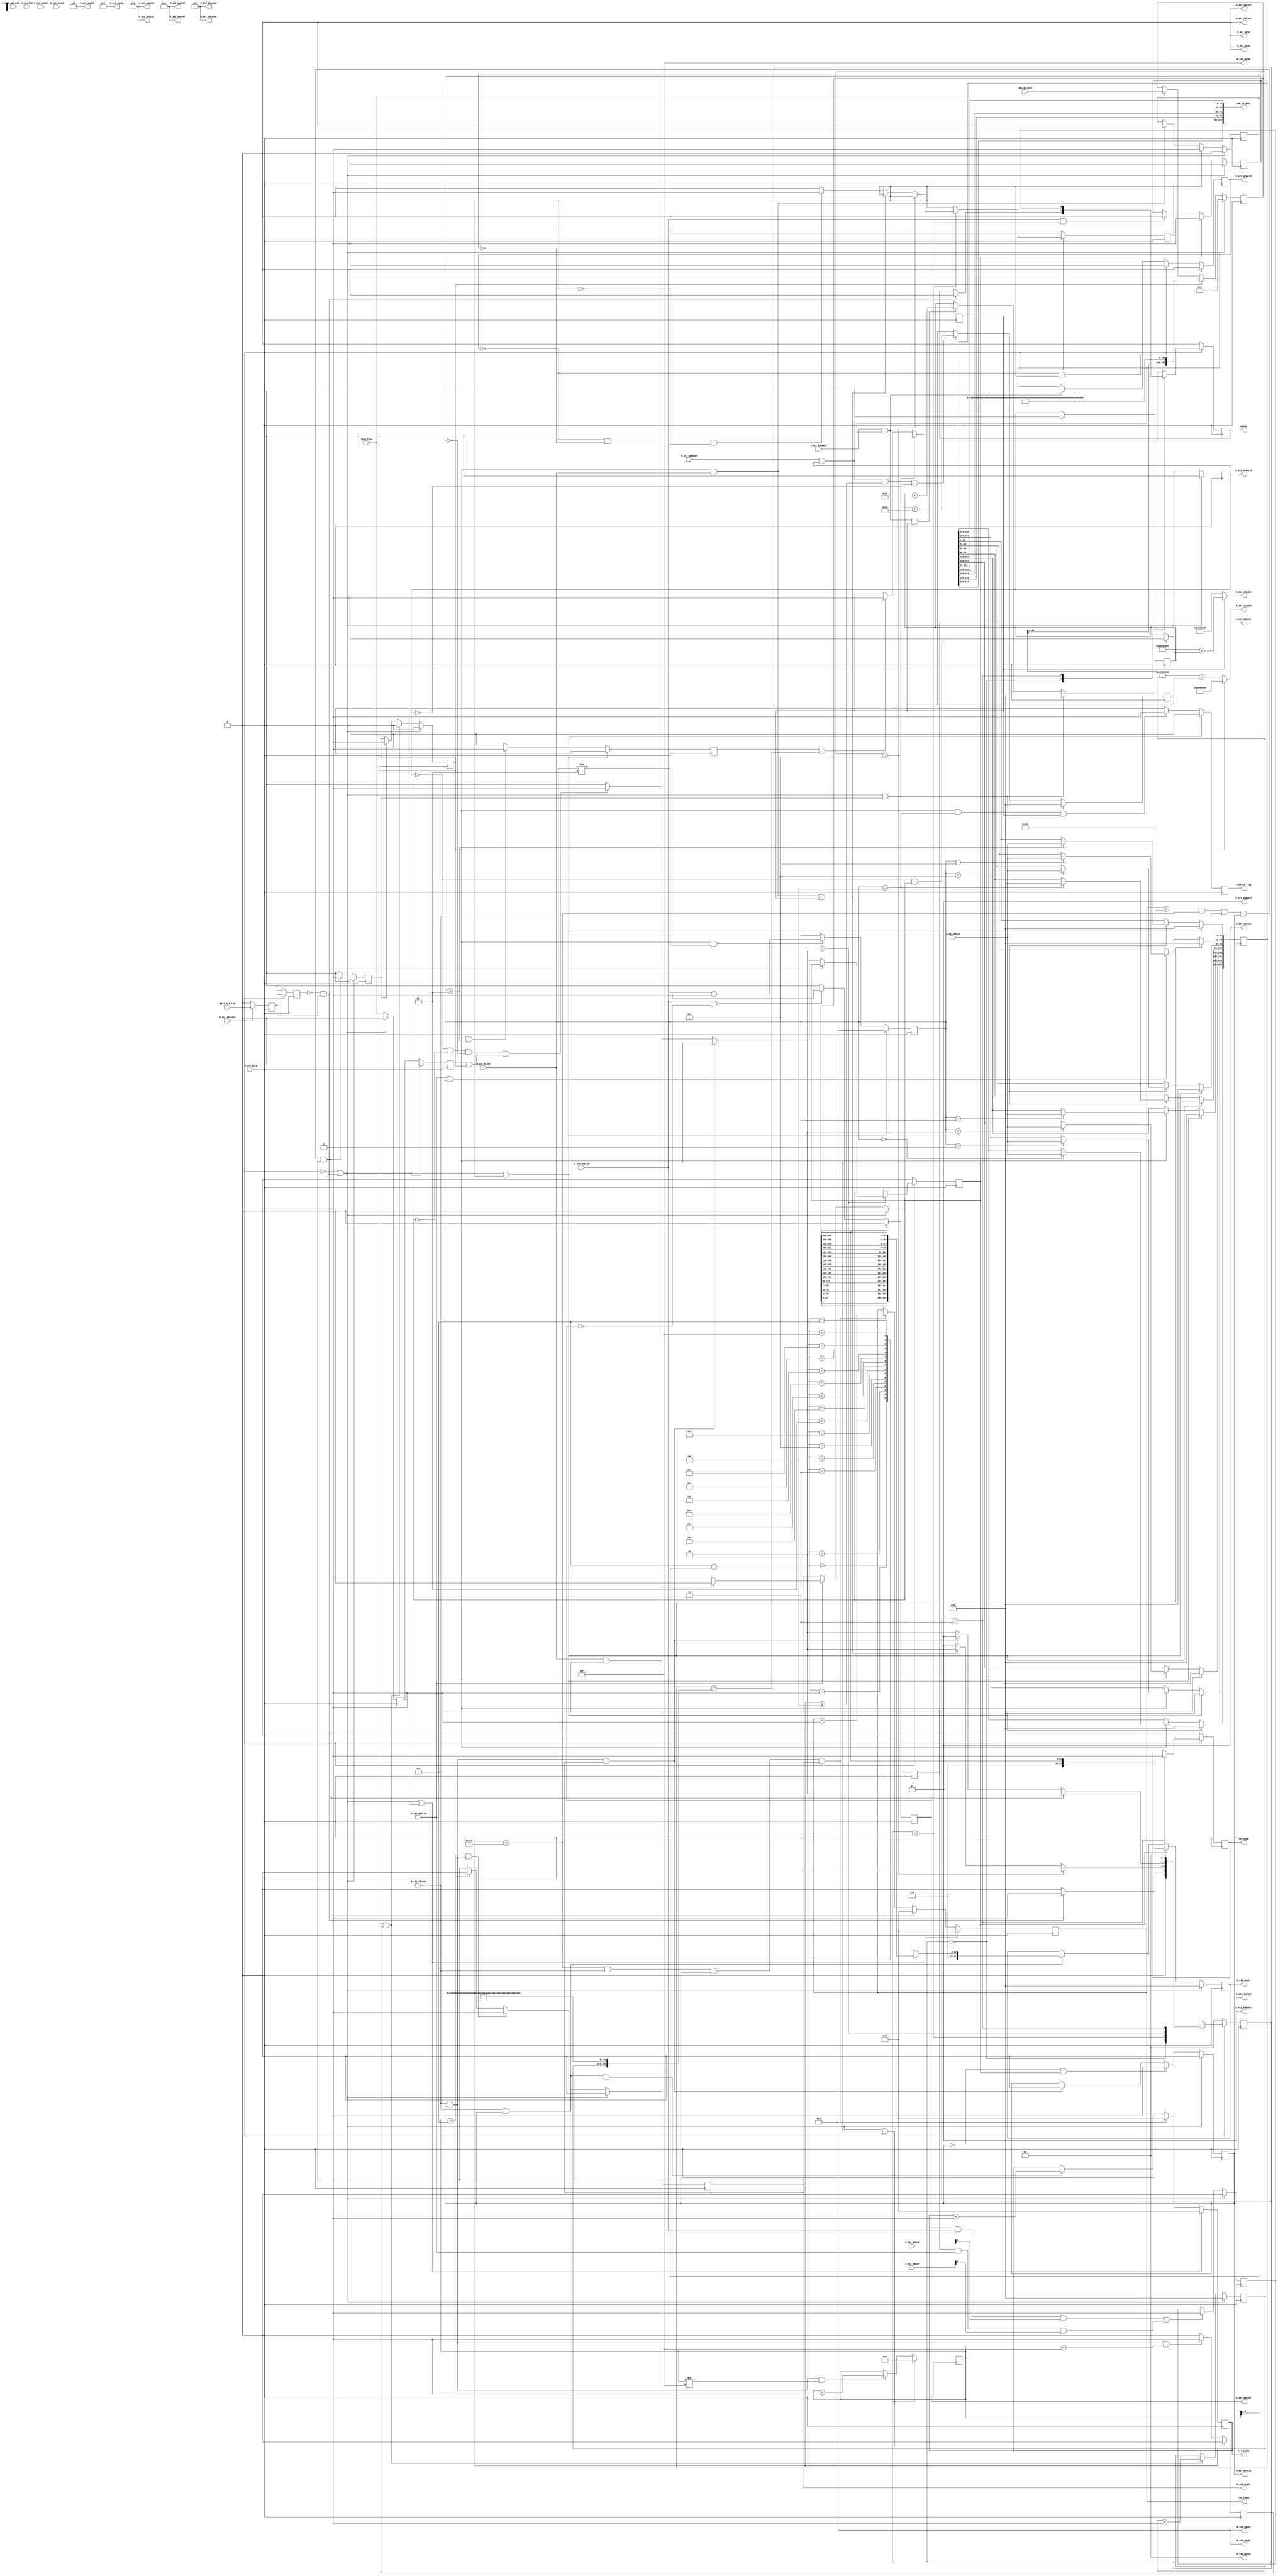

`timescale 1 ns / 1 ps

	module axi_ddr_rw_v1_0_M_AXI #
	(
		// Users to add parameters here

		// User parameters ends
			
		// Do not modify the parameters beyond this line

		// Base address of targeted slave
		parameter  C_M_TARGET_SLAVE_BASE_ADDR_READ	= 32'h10000000,
		parameter  C_M_TARGET_SLAVE_BASE_ADDR_WRITE	= 32'h16000000,
		// Burst Length. Supports 1, 2, 4, 8, 16, 32, 64, 128, 256 burst lengths
		parameter integer C_M_AXI_BURST_LEN_READ	= 8,
		parameter integer C_M_AXI_BURST_LEN_WRITE	= 16,
		// Thread ID Width
		parameter integer C_M_AXI_ID_WIDTH	= 1,
		// Width of Address Bus
		parameter integer C_M_AXI_ADDR_WIDTH	= 32,
		// Width of Data Bus
		parameter integer C_M_AXI_DATA_WIDTH	= 32,
		// Width of User Write Address Bus
		parameter integer C_M_AXI_AWUSER_WIDTH	= 0,
		// Width of User Read Address Bus
		parameter integer C_M_AXI_ARUSER_WIDTH	= 0,
		// Width of User Write Data Bus
		parameter integer C_M_AXI_WUSER_WIDTH	= 0,
		// Width of User Read Data Bus
		parameter integer C_M_AXI_RUSER_WIDTH	= 0,
		// Width of User Response Bus
		parameter integer C_M_AXI_BUSER_WIDTH	= 0
	)
	(
		// Users to add ports here
		input wire [16*24-1:0] IMG_4K_DATA,
		input wire send_flag,
		
        output wire [5*24-1:0] IMG_1K_DATA,
        output wire receive_flag,
        
        output wire [9:0] row_index,
        output wire [9:0] col_index,
        
        //debug ports with ILA
//        output wire READ_FF,
//        output wire [8*32-1:0] READ_DATA,
//        output wire read_detect,
//        output wire write_detect,
//        output wire [16*24-1:0] WRITE_DATA,
//        output wire [31:0] image_idx,
		// User ports ends
		// Do not modify the ports beyond this line

		// Initiate AXI transactions
		input wire  INIT_AXI_TXN,
		// Asserts when transaction is complete
		output wire  TXN_DONE,
		// Asserts when ERROR is detected
		output reg  ERROR,
		// Global Clock Signal.
		input wire  M_AXI_ACLK,
		// Global Reset Singal. This Signal is Active Low
		input wire  M_AXI_ARESETN,
		// Master Interface Write Address ID
		output wire [C_M_AXI_ID_WIDTH-1 : 0] M_AXI_AWID,
		// Master Interface Write Address
		output wire [C_M_AXI_ADDR_WIDTH-1 : 0] M_AXI_AWADDR,
		// Burst length. The burst length gives the exact number of transfers in a burst
		output wire [7 : 0] M_AXI_AWLEN,
		// Burst size. This signal indicates the size of each transfer in the burst
		output wire [2 : 0] M_AXI_AWSIZE,
		// Burst type. The burst type and the size information, 
    // determine how the address for each transfer within the burst is calculated.
		output wire [1 : 0] M_AXI_AWBURST,
		// Lock type. Provides additional information about the
    // atomic characteristics of the transfer.
		output wire  M_AXI_AWLOCK,
		// Memory type. This signal indicates how transactions
    // are required to progress through a system.
		output wire [3 : 0] M_AXI_AWCACHE,
		// Protection type. This signal indicates the privilege
    // and security level of the transaction, and whether
    // the transaction is a data access or an instruction access.
		output wire [2 : 0] M_AXI_AWPROT,
		// Quality of Service, QoS identifier sent for each write transaction.
		output wire [3 : 0] M_AXI_AWQOS,
		// Optional User-defined signal in the write address channel.
		output wire [C_M_AXI_AWUSER_WIDTH-1 : 0] M_AXI_AWUSER,
		// Write address valid. This signal indicates that
    // the channel is signaling valid write address and control information.
		output wire  M_AXI_AWVALID,
		// Write address ready. This signal indicates that
    // the slave is ready to accept an address and associated control signals
		input wire  M_AXI_AWREADY,
		// Master Interface Write Data.
		output wire [C_M_AXI_DATA_WIDTH-1 : 0] M_AXI_WDATA,
		// Write strobes. This signal indicates which byte
    // lanes hold valid data. There is one write strobe
    // bit for each eight bits of the write data bus.
		output wire [C_M_AXI_DATA_WIDTH/8-1 : 0] M_AXI_WSTRB,
		// Write last. This signal indicates the last transfer in a write burst.
		output wire  M_AXI_WLAST,
		// Optional User-defined signal in the write data channel.
		output wire [C_M_AXI_WUSER_WIDTH-1 : 0] M_AXI_WUSER,
		// Write valid. This signal indicates that valid write
    // data and strobes are available
		output wire  M_AXI_WVALID,
		// Write ready. This signal indicates that the slave
    // can accept the write data.
		input wire  M_AXI_WREADY,
		// Master Interface Write Response.
		input wire [C_M_AXI_ID_WIDTH-1 : 0] M_AXI_BID,
		// Write response. This signal indicates the status of the write transaction.
		input wire [1 : 0] M_AXI_BRESP,
		// Optional User-defined signal in the write response channel
		input wire [C_M_AXI_BUSER_WIDTH-1 : 0] M_AXI_BUSER,
		// Write response valid. This signal indicates that the
    // channel is signaling a valid write response.
		input wire  M_AXI_BVALID,
		// Response ready. This signal indicates that the master
    // can accept a write response.
		output wire  M_AXI_BREADY,
		// Master Interface Read Address.
		output wire [C_M_AXI_ID_WIDTH-1 : 0] M_AXI_ARID,
		// Read address. This signal indicates the initial
    // address of a read burst transaction.
		output wire [C_M_AXI_ADDR_WIDTH-1 : 0] M_AXI_ARADDR,
		// Burst length. The burst length gives the exact number of transfers in a burst
		output wire [7 : 0] M_AXI_ARLEN,
		// Burst size. This signal indicates the size of each transfer in the burst
		output wire [2 : 0] M_AXI_ARSIZE,
		// Burst type. The burst type and the size information, 
    // determine how the address for each transfer within the burst is calculated.
		output wire [1 : 0] M_AXI_ARBURST,
		// Lock type. Provides additional information about the
    // atomic characteristics of the transfer.
		output wire  M_AXI_ARLOCK,
		// Memory type. This signal indicates how transactions
    // are required to progress through a system.
		output wire [3 : 0] M_AXI_ARCACHE,
		// Protection type. This signal indicates the privilege
    // and security level of the transaction, and whether
    // the transaction is a data access or an instruction access.
		output wire [2 : 0] M_AXI_ARPROT,
		// Quality of Service, QoS identifier sent for each read transaction
		output wire [3 : 0] M_AXI_ARQOS,
		// Optional User-defined signal in the read address channel.
		output wire [C_M_AXI_ARUSER_WIDTH-1 : 0] M_AXI_ARUSER,
		// Write address valid. This signal indicates that
    // the channel is signaling valid read address and control information
		output wire  M_AXI_ARVALID,
		// Read address ready. This signal indicates that
    // the slave is ready to accept an address and associated control signals
		input wire  M_AXI_ARREADY,
		// Read ID tag. This signal is the identification tag
    // for the read data group of signals generated by the slave.
		input wire [C_M_AXI_ID_WIDTH-1 : 0] M_AXI_RID,
		// Master Read Data
		input wire [C_M_AXI_DATA_WIDTH-1 : 0] M_AXI_RDATA,
		// Read response. This signal indicates the status of the read transfer
		input wire [1 : 0] M_AXI_RRESP,
		// Read last. This signal indicates the last transfer in a read burst
		input wire  M_AXI_RLAST,
		// Optional User-defined signal in the read address channel.
		input wire [C_M_AXI_RUSER_WIDTH-1 : 0] M_AXI_RUSER,
		// Read valid. This signal indicates that the channel
    // is signaling the required read data.
		input wire  M_AXI_RVALID,
		// Read ready. This signal indicates that the master can
    // accept the read data and response information.
		output wire  M_AXI_RREADY
	);


	// function called clogb2 that returns an integer which has the
	//value of the ceiling of the log base 2

	  // function called clogb2 that returns an integer which has the 
	  // value of the ceiling of the log base 2.                      
	  function integer clogb2 (input integer bit_depth);              
	  begin                                                           
	    for(clogb2=0; bit_depth>0; clogb2=clogb2+1)                   
	      bit_depth = bit_depth >> 1;                                 
	    end                                                           
	  endfunction                                                     

     localparam integer READ_DETECTION_ADDR = 32'h14000000;
     localparam integer WRITE_DETECTION_ADDR = 32'h1A000000;
	// C_TRANSACTIONS_NUM is the width of the index counter for 
	// number of write or read transaction.
	 localparam integer C_TRANSACTIONS_NUM_READ = clogb2(C_M_AXI_BURST_LEN_READ-1);
	 localparam integer C_TRANSACTIONS_NUM_WRITE = clogb2(C_M_AXI_BURST_LEN_WRITE-1);
	 
	// Burst length for transactions, in C_M_AXI_DATA_WIDTHs.
	// Non-2^n lengths will eventually cause bursts across 4K address boundaries.
	 //localparam integer C_MASTER_LENGTH	= 12;
	 
	 localparam integer BMP_HEIGHT = 540;
	 localparam integer BMP_WIDTH = 960;
	// total number of burst transfers is 964*540
//	 localparam integer C_NO_BURSTS_REQ_READ = clogb2((BMP_WIDTH+4)*BMP_HEIGHT);
//	 localparam integer C_NO_BURSTS_REQ_WRITE = clogb2(BMP_WIDTH*BMP_HEIGHT);
	// Example State machine to initialize counter, initialize write transactions, 
	// initialize read transactions and comparison of read data with the 
	// written data words.
	 localparam [1:0] IDLE = 2'b00, // This state initiates AXI4Lite transaction 
			// after the state machine changes state to INIT_WRITE 
			// when there is 0 to 1 transition on INIT_AXI_TXN
		READ_OPERATION = 2'b01, // This state initializes read transaction
			// once reads are done, the state machine 
			// changes state to INIT_WRITE 
        WRITE_OPERATION   = 2'b10, // This state initializes write transaction,
			// once writes are done, the state machine 
			// changes state to INIT_DISPLAY 
		DONE = 2'b11; // This state issues the status of display 
			// of the written data which is 4K BMP image

	 reg [1:0] mst_exec_state;

	// AXI4LITE signals
	//AXI4 internal temp signals
	reg [C_M_AXI_ADDR_WIDTH-1 : 0] 	axi_awaddr;
	reg  	axi_awvalid;
	reg [C_M_AXI_DATA_WIDTH-1 : 0] 	axi_wdata;
	reg  	axi_wlast;
	reg  	axi_wvalid;
	reg  	axi_bready;
	reg [C_M_AXI_ADDR_WIDTH-1 : 0] 	axi_araddr;
	reg  	axi_arvalid;
	reg  	axi_rready;
	//write beat count in a burst
	reg [C_TRANSACTIONS_NUM_WRITE : 0] 	write_index;
	//read beat count in a burst
	reg [C_TRANSACTIONS_NUM_READ : 0] 	read_index;
	//size of C_M_AXI_BURST_LEN length burst in bytes
	wire [C_TRANSACTIONS_NUM_READ+2 : 0] 	burst_size_bytes_read;
	wire [C_TRANSACTIONS_NUM_WRITE+2 : 0] 	burst_size_bytes_write;
	//The burst counters are used to track the number of burst transfers of C_M_AXI_BURST_LEN burst length needed to transfer 2^C_MASTER_LENGTH bytes of data.
//	reg [C_NO_BURSTS_REQ_WRITE : 0] 	write_burst_counter;
//	reg [C_NO_BURSTS_REQ_READ : 0] 	read_burst_counter;
	reg  	start_single_burst_write;
	reg  	start_single_burst_read;
//	reg  	writes_done;
//	reg  	reads_done;
    reg     interpolation_done;
	reg  	error_reg;
	reg  	burst_write_active;
	reg  	burst_read_active;
	//Interface response error flags
	wire  	write_resp_error;
	wire  	read_resp_error;
	wire  	wnext;
	wire  	rnext;
	reg  	init_txn_ff;
	reg  	init_txn_ff2;
	reg  	init_txn_edge;
	wire  	init_txn_pulse;
	
	wire [5*24-1 : 0] img_1k_data;
    reg [16*24-1:0]  img_4k_data;
	reg five_flag;
	reg read_finish_flag;
	reg write_finish_flag;
	reg [9:0] col_num;
	reg [9:0] row_num;
	reg [31:0] image_num;
    reg send_start_flag;
    reg read_detection_flag;
    reg write_detection_flag;
    reg [8*32-1:0] read_data;
    wire [8*32-1:0] expected_read_data;
    wire [16*32-1:0] expected_write_data;
    reg all_done;

	// I/O Connections assignments
    assign IMG_1K_DATA = img_1k_data;
    assign receive_flag = five_flag;
    assign col_index = col_num;
    assign row_index = row_num;
    
//    assign READ_DATA = read_data;
//    assign READ_FF = read_finish_flag;
//    assign read_detect = read_detection_flag;
//    assign write_detect = write_detection_flag;
//    assign WRITE_DATA = img_4k_data;
//    assign image_idx = image_num;
    
	//I/O Connections. Write Address (AW)
	assign M_AXI_AWID	= 'b0;
	//The AXI address is a concatenation of the target base address + active offset range
	assign M_AXI_AWADDR	= (write_detection_flag == 1'b0) ? C_M_TARGET_SLAVE_BASE_ADDR_WRITE + axi_awaddr : WRITE_DETECTION_ADDR;
	//Burst LENgth is number of transaction beats, minus 1
	assign M_AXI_AWLEN	= C_M_AXI_BURST_LEN_WRITE - 1;
	//Size should be C_M_AXI_DATA_WIDTH, in 2^SIZE bytes, otherwise narrow bursts are used
	assign M_AXI_AWSIZE	= clogb2((C_M_AXI_DATA_WIDTH/8)-1);
	//INCR burst type is usually used, except for keyhole bursts
	assign M_AXI_AWBURST	= 2'b01;
	assign M_AXI_AWLOCK	= 1'b0;
	//Update value to 4'b0011 if coherent accesses to be used via the Zynq ACP port. Not Allocated, Modifiable, not Bufferable. Not Bufferable since this example is meant to test memory, not intermediate cache. 
	assign M_AXI_AWCACHE	= 4'b0010;
	assign M_AXI_AWPROT	= 3'h0;
	assign M_AXI_AWQOS	= 4'h0;
	assign M_AXI_AWUSER	= 'b1;
	assign M_AXI_AWVALID	= axi_awvalid;
	//Write Data(W)
	assign M_AXI_WDATA	= axi_wdata;
	//All bursts are complete and aligned in this example
	assign M_AXI_WSTRB	= {(C_M_AXI_DATA_WIDTH/8){1'b1}};
	assign M_AXI_WLAST	= axi_wlast;
	assign M_AXI_WUSER	= 'b0;
	assign M_AXI_WVALID	= axi_wvalid;
	//Write Response (B)
	assign M_AXI_BREADY	= axi_bready;
	//Read Address (AR)
	assign M_AXI_ARID	= 'b0;
	assign M_AXI_ARADDR	= (read_detection_flag == 1'b1) ? C_M_TARGET_SLAVE_BASE_ADDR_READ + axi_araddr : READ_DETECTION_ADDR;
	//Burst LENgth is number of transaction beats, minus 1
	assign M_AXI_ARLEN	= C_M_AXI_BURST_LEN_READ - 1;
	//Size should be C_M_AXI_DATA_WIDTH, in 2^n bytes, otherwise narrow bursts are used
	assign M_AXI_ARSIZE	= clogb2((C_M_AXI_DATA_WIDTH/8)-1);
	//INCR burst type is usually used, except for keyhole bursts
	assign M_AXI_ARBURST	= 2'b01;
	assign M_AXI_ARLOCK	= 1'b0;
	//Update value to 4'b0011 if coherent accesses to be used via the Zynq ACP port. Not Allocated, Modifiable, not Bufferable. Not Bufferable since this example is meant to test memory, not intermediate cache. 
	assign M_AXI_ARCACHE	= 4'b0010;
	assign M_AXI_ARPROT	= 3'h0;
	assign M_AXI_ARQOS	= 4'h0;
	assign M_AXI_ARUSER	= 'b1;
	assign M_AXI_ARVALID	= axi_arvalid;
	//Read and Read Response (R)
	assign M_AXI_RREADY	= axi_rready;
	//Example design I/O
	assign TXN_DONE	= all_done;
	//Burst size in bytes
	assign burst_size_bytes_read = C_M_AXI_BURST_LEN_READ * C_M_AXI_DATA_WIDTH/8;
	assign burst_size_bytes_write = C_M_AXI_BURST_LEN_WRITE * C_M_AXI_DATA_WIDTH/8;
	assign init_txn_pulse	= (!init_txn_ff2) && init_txn_ff;
    
    assign img_1k_data = {read_data[7*32+:24],read_data[6*32+:24],read_data[5*32+:24],read_data[4*32+:24],read_data[3*32+:24]};
    assign expected_read_data = {image_num[31:0],{7*4{8'b11111111}}};
    assign expected_write_data = {image_num[23:0],{15*3{8'b11111111}}};
	//Generate a pulse to initiate AXI transaction.
	always @(posedge M_AXI_ACLK)										      
	  begin                                                                        
	    // Initiates AXI transaction delay    
	    if (M_AXI_ARESETN == 0 )                                                   
	      begin                                                                    
	        init_txn_ff <= 1'b0;                                                   
	        init_txn_ff2 <= 1'b0;                                                   
	      end                                                                               
	    else                                                                       
	      begin  
	        init_txn_ff <= INIT_AXI_TXN;
	        init_txn_ff2 <= init_txn_ff;                                                                 
	      end                                                                      
	  end     


	//--------------------
	//Write Address Channel
	//--------------------

	// The purpose of the write address channel is to request the address and 
	// command information for the entire transaction.  It is a single beat
	// of information.

	// The AXI4 Write address channel in this example will continue to initiate
	// write commands as fast as it is allowed by the slave/interconnect.
	// The address will be incremented on each accepted address transaction,
	// by burst_size_byte to point to the next address. 

	  always @(posedge M_AXI_ACLK)                                   
	  begin                                                                
	                                                                       
	    if (M_AXI_ARESETN == 0  || init_txn_pulse == 1'b1)                                           
	      begin                                                            
	        axi_awvalid <= 1'b0;                                           
	      end                                                              
	    // If previously not valid , start next transaction                
	    else if (~axi_awvalid && start_single_burst_write)                 
	      begin                                                            
	        axi_awvalid <= 1'b1;                                           
	      end                                                              
	    /* Once asserted, VALIDs cannot be deasserted, so axi_awvalid      
	    must wait until transaction is accepted */                         
	    else if (M_AXI_AWREADY && axi_awvalid)                             
	      begin                                                            
	        axi_awvalid <= 1'b0;                                           
	      end                                                              
	    else                                                               
	      axi_awvalid <= axi_awvalid;                                      
	    end                                                                
	                                                                       
	                                                                       
	// Next address after AWREADY indicates previous address acceptance    
	  always @(posedge M_AXI_ACLK)                                         
	  begin                                                                
	    if (M_AXI_ARESETN == 0 || init_txn_pulse == 1'b1 || interpolation_done == 1'b1)                                            
	      begin                                                            
	        axi_awaddr <= 'b0;                                             
	      end
	    else if (M_AXI_AWREADY && axi_awvalid && col_num >= 4 && write_detection_flag == 1'b0)                            
	      begin                                                            
	        axi_awaddr <= axi_awaddr + burst_size_bytes_write;                   
	      end                                                              
	    else                                                               
	      axi_awaddr <= axi_awaddr;                                        
	    end                                                                


	//--------------------
	//Write Data Channel
	//--------------------

	//The write data will continually try to push write data across the interface.

	//The amount of data accepted will depend on the AXI slave and the AXI
	//Interconnect settings, such as if there are FIFOs enabled in interconnect.

	//Note that there is no explicit timing relationship to the write address channel.
	//The write channel has its own throttling flag, separate from the AW channel.

	//Synchronization between the channels must be determined by the user.

	//The simpliest but lowest performance would be to only issue one address write
	//and write data burst at a time.

	//In this example they are kept in sync by using the same address increment
	//and burst sizes. Then the AW and W channels have their transactions measured
	//with threshold counters as part of the user logic, to make sure neither 
	//channel gets too far ahead of each other.

	//Forward movement occurs when the write channel is valid and ready

	  assign wnext = M_AXI_WREADY & axi_wvalid;                                   
	                                                                                    
	// WVALID logic, similar to the axi_awvalid always block above                      
	  always @(posedge M_AXI_ACLK)                                                      
	  begin                                                                             
	    if (M_AXI_ARESETN == 0  || init_txn_pulse == 1'b1)                                                        
	      begin                                                                         
	        axi_wvalid <= 1'b0;                                                         
	      end                                                                           
	    // If previously not valid, start next transaction                              
	    else if (~axi_wvalid && start_single_burst_write)                               
	      begin                                                                         
	        axi_wvalid <= 1'b1;                                                         
	      end                                                                           
	    /* If WREADY and too many writes, throttle WVALID                               
	    Once asserted, VALIDs cannot be deasserted, so WVALID                           
	    must wait until burst is complete with WLAST */                                 
	    else if (wnext && axi_wlast)                                                    
	      axi_wvalid <= 1'b0;                                                           
	    else                                                                            
	      axi_wvalid <= axi_wvalid;                                                     
	  end                                                                               
	                                                                                    
	                                                                                    
	//WLAST generation on the MSB of a counter underflow                                
	// WVALID logic, similar to the axi_awvalid always block above                      
	  always @(posedge M_AXI_ACLK)                                                      
	  begin                                                                             
	    if (M_AXI_ARESETN == 0  || init_txn_pulse == 1'b1)                                                        
	      begin                                                                         
	        axi_wlast <= 1'b0;                                                          
	      end                                                                           
	    // axi_wlast is asserted when the write index                                   
	    // count reaches the penultimate count to synchronize                           
	    // with the last write data when write_index is b1111                           
	    // else if (&(write_index[C_TRANSACTIONS_NUM-1:1])&& ~write_index[0] && wnext)  
	    else if (((write_index == C_M_AXI_BURST_LEN_WRITE-2 && C_M_AXI_BURST_LEN_WRITE >= 2) && wnext) || (C_M_AXI_BURST_LEN_WRITE == 1 ))
	      begin                                                                         
	        axi_wlast <= 1'b1;                                                          
	      end                                                                           
	    // Deassrt axi_wlast when the last write data has been                          
	    // accepted by the slave with a valid response                                  
	    else if (wnext)                                                                 
	      axi_wlast <= 1'b0;                                                            
	    else if (axi_wlast && C_M_AXI_BURST_LEN_WRITE == 1)                                   
	      axi_wlast <= 1'b0;                                                            
	    else                                                                            
	      axi_wlast <= axi_wlast;                                                       
	  end                                                                               
	                                                                                    
	                                                                                    
	/* Burst length counter. Uses extra counter register bit to indicate terminal       
	 count to reduce decode logic */                                                    
	  always @(posedge M_AXI_ACLK)                                                      
	  begin                                                                             
	    if (M_AXI_ARESETN == 0 || init_txn_pulse == 1'b1 || start_single_burst_write == 1'b1)    
	      begin                                                                         
	        write_index <= 0;                                                           
	      end                                                                           
	    else if (wnext && (write_index != C_M_AXI_BURST_LEN_WRITE-1))                         
	      begin                                                                         
	        write_index <= write_index + 1;                                             
	      end                                                                           
	    else                                                                            
	      write_index <= write_index;                                                   
	  end                                                                                                                                                  


	//----------------------------
	//Write Response (B) Channel
	//----------------------------

	//The write response channel provides feedback that the write has committed
	//to memory. BREADY will occur when all of the data and the write address
	//has arrived and been accepted by the slave.

	//The write issuance (number of outstanding write addresses) is started by 
	//the Address Write transfer, and is completed by a BREADY/BRESP.

	//While negating BREADY will eventually throttle the AWREADY signal, 
	//it is best not to throttle the whole data channel this way.

	//The BRESP bit [1] is used indicate any errors from the interconnect or
	//slave for the entire write burst. This example will capture the error 
	//into the ERROR output. 

	  always @(posedge M_AXI_ACLK)                                     
	  begin                                                                 
	    if (M_AXI_ARESETN == 0 || init_txn_pulse == 1'b1 )                                            
	      begin                                                             
	        axi_bready <= 1'b0;                                             
	      end                                                               
	    // accept/acknowledge bresp with axi_bready by the master           
	    // when M_AXI_BVALID is asserted by slave                           
	    else if (M_AXI_BVALID && ~axi_bready)                               
	      begin                                                             
	        axi_bready <= 1'b1;                                             
	      end                                                               
	    // deassert after one clock cycle                                   
	    else if (axi_bready)                                                
	      begin                                                             
	        axi_bready <= 1'b0;                                             
	      end                                                               
	    // retain the previous value                                        
	    else                                                                
	      axi_bready <= axi_bready;                                         
	  end                                                                   
	                                                                        
	                                                                        
	//Flag any write response errors                                        
	  assign write_resp_error = axi_bready & M_AXI_BVALID & M_AXI_BRESP[1]; 


	//----------------------------
	//Read Address Channel
	//----------------------------

	//The Read Address Channel (AW) provides a similar function to the
	//Write Address channel- to provide the tranfer qualifiers for the burst.

	//In this example, the read address increments in the same
	//manner as the write address channel.

	  always @(posedge M_AXI_ACLK)                                 
	  begin                                                              
	                                                                     
	    if (M_AXI_ARESETN == 0 || init_txn_pulse == 1'b1 )                                         
	      begin                                                          
	        axi_arvalid <= 1'b0;                                         
	      end                                                            
	    // If previously not valid , start next transaction              
	    else if (~axi_arvalid && start_single_burst_read)                
	      begin                                                          
	        axi_arvalid <= 1'b1;                                         
	      end                                                            
	    else if (M_AXI_ARREADY && axi_arvalid)                           
	      begin                                                          
	        axi_arvalid <= 1'b0;                                         
	      end                                                            
	    else                                                             
	      axi_arvalid <= axi_arvalid;                                    
	  end                                                                
	                                                                     
	                                                                     
	// Next address after ARREADY indicates previous address acceptance  
	  always @(posedge M_AXI_ACLK)                                       
	  begin                                                              
	    if (M_AXI_ARESETN == 0 || init_txn_pulse == 1'b1 || interpolation_done == 1'b1)                                          
	      begin                                                          
	        axi_araddr <= 'b0;                                           
	      end
        else if (M_AXI_ARREADY && axi_arvalid && read_detection_flag == 1'b1)                           
	      begin                                                          
	        axi_araddr <= axi_araddr + burst_size_bytes_read;               
	      end                                                            
	    else                                                             
	      axi_araddr <= axi_araddr;                                      
	  end                                                                


	//--------------------------------
	//Read Data (and Response) Channel
	//--------------------------------

	 // Forward movement occurs when the channel is valid and ready   
	  assign rnext = M_AXI_RVALID && axi_rready;                            
	                                                                        
	                                                                        
	// Burst length counter. Uses extra counter register bit to indicate    
	// terminal count to reduce decode logic                                
	  always @(posedge M_AXI_ACLK)                                          
	  begin                                                                 
	    if (M_AXI_ARESETN == 0  || init_txn_pulse == 1'b1|| start_single_burst_read)                  
	      begin                                                             
	        read_index <= 0;                                                
	      end                                                               
	    else if (rnext && (read_index != C_M_AXI_BURST_LEN_READ-1))              
	      begin                                                             
	        read_index <= read_index + 1;                                   
	      end                                                               
	    else                                                                
	      read_index <= read_index;                                         
	  end                                                                   
	                                                                        
	                                                                        
	/*                                                                      
	 The Read Data channel returns the results of the read request          
	                                                                        
	 In this example the data checker is always able to accept              
	 more data, so no need to throttle the RREADY signal                    
	 */                                                                     
	  always @(posedge M_AXI_ACLK)                                          
	  begin                                                                 
	    if (M_AXI_ARESETN == 0 || init_txn_pulse == 1'b1 )                  
	      begin                                                             
	        axi_rready <= 1'b0;                                             
	      end                                                               
	    // accept/acknowledge rdata/rresp with axi_rready by the master     
	    // when M_AXI_RVALID is asserted by slave                           
	    else if (M_AXI_RVALID)                       
	      begin                                      
	         if (M_AXI_RLAST && axi_rready)          
	          begin                                  
	            axi_rready <= 1'b0;                  
	          end                                    
	         else                                    
	           begin                                 
	             axi_rready <= 1'b1;                 
	           end                                   
	      end                                        
	    // retain the previous value                 
	  end
	                                    
	                                                                                                                                       
	                                                                        
	//Flag any read response errors                                         
	  assign read_resp_error = axi_rready & M_AXI_RVALID & M_AXI_RRESP[1];  
                                        


	//----------------------------------
	//Example design error register
	//----------------------------------

	//Register and hold any data mismatches, or read/write interface errors 

	  always @(posedge M_AXI_ACLK)                                 
	  begin                                                              
	    if (M_AXI_ARESETN == 0 || init_txn_pulse == 1'b1)                                          
	      begin                                                          
	        error_reg <= 1'b0;                                           
	      end                                                            
	    else if (write_resp_error || read_resp_error)   
	      begin                                                          
	        error_reg <= 1'b1;                                           
	      end                                                            
	    else                                                             
	      error_reg <= error_reg;                                        
	  end                                                                                                                                                           
	                                                                                                            
	                                                                                                            
	  //implement master command interface state machine                                                        
	                                                                                                           
	  always @ ( posedge M_AXI_ACLK )                                                                            
	  begin                                                                                                     
	    if (M_AXI_ARESETN == 1'b0 )                                                                             
	      begin                                                                                                 
	        // reset condition                                                                                  
	        // All the signals are assigned default values under reset condition                                
	        mst_exec_state      <= IDLE;                                                                
	        start_single_burst_write <= 1'b0;                                                                   
	        start_single_burst_read  <= 1'b0;                                                                                                                           
	        ERROR <= 1'b0;
	        all_done <= 1'b0;   
	      end                                                                                                   
	    else                                                                                                    
	      begin                                                                                                                                                                                                    
	        // state transition                                                                                 
	        case (mst_exec_state)
	          IDLE: begin                                                                                    
	            // This state is responsible to wait for user defined C_M_START_COUNT                           
	            // number of clock cycles.                                                                      
	            if ( init_txn_pulse == 1'b1)                                                      
	              begin                                                                                         
	                mst_exec_state  <= READ_OPERATION;                                                              
	                ERROR <= 1'b0;
	                //compare_done <= 1'b0;
	              end                                                                                           
	            else                                                                                            
	              begin                                                                                         
	                mst_exec_state  <= IDLE;                                                            
	              end
	              end                                                                                                                                                                                                                                                                                                                                                             
	                                                                                                            
	          READ_OPERATION:begin                                                                                        
	            // This state is responsible to issue start_single_read pulse to                                
	            // initiate a read transaction. Read transactions will be                                       
	            // issued until burst_read_active signal is asserted.                                           
	            // read controller        
                if (image_num == 'd5)                                                                                
	              begin                                                                                         
	                mst_exec_state <= DONE;//                                                           
	              end                
	            else if (M_AXI_RVALID && axi_rready && M_AXI_RLAST && read_detection_flag == 1'b1)                                                                                 
	              begin                                                                                         
	                mst_exec_state <= WRITE_OPERATION;                                                             
	              end                                                                                           
	            else                                                                                            
	              begin                                                                                         
	                mst_exec_state  <= READ_OPERATION;                                                                                                                                                     
	                if (~axi_arvalid && ~burst_read_active && ~start_single_burst_read)                         
	                  begin                                                                                     
	                    start_single_burst_read <= 1'b1;                                                        
	                  end                                                                                       
	               else                                                                                         
	                 begin                                                                                      
	                   start_single_burst_read <= 1'b0; //Negate to generate a pulse                            
	                 end                                                                                        
	              end
	              end
	              
              WRITE_OPERATION:begin                                                                                       
	            // This state is responsible to issue start_single_write pulse to                               
	            // initiate a write transaction. Write transactions will be                                     
	            // issued until burst_write_active signal is asserted.                                          
	            // write controller 

                if(row_num == (BMP_HEIGHT-1) && col_num == (BMP_WIDTH+4-1) && M_AXI_WREADY && axi_wvalid && axi_wlast)
                    mst_exec_state  <= WRITE_OPERATION;
//                else if (write_detection_flag == 1'b1 && write_finish_flag == 1'b1)
//                    begin
//                        mst_exec_state  <= READ_OPERATION;
//                        image_num <= image_num + 1;
//                    end
	            else if (M_AXI_WREADY & axi_wvalid && axi_wlast)
	                mst_exec_state  <= READ_OPERATION;                                                                                          
	            else                                                                                         
	              begin                                                                                         
	                mst_exec_state  <= WRITE_OPERATION;                                                              
	                                                                                                            
	                if (~axi_awvalid && ~start_single_burst_write && ~burst_write_active && (send_start_flag || write_detection_flag))                       
	                  begin                                                                                     
	                    start_single_burst_write <= 1'b1;                                                       
	                  end                                                                                       
	                else                                                                                        
	                  begin                                                                                     
	                    start_single_burst_write <= 1'b0; //Negate to generate a pulse                          
	                  end                                                                                       
	              end
	              end                                                                                             
	                                                                                                            
	          DONE:                                                                                                                                                                 
	            begin                                                                                         
                    ERROR <= error_reg;                                                         
                    all_done <= 1'b1;                                                                                        
                    mst_exec_state <= IDLE;//                                                             
                end                                                                                            
	          default :                                                                                         
	            begin                                                                                           
	              mst_exec_state  <= IDLE;                                                              
	            end                                                                                             
	        endcase                                                                                             
	      end                                                                                                   
	  end //MASTER_EXECUTION_PROC                                                                               
	                                                                                                            
	                                                                                                            
	  // burst_write_active signal is asserted when there is a burst write transaction                          
	  // is initiated by the assertion of start_single_burst_write. burst_write_active                          
	  // signal remains asserted until the burst write is accepted by the slave                                 
	  always @(posedge M_AXI_ACLK)                                                                              
	  begin                                                                                                     
	    if (M_AXI_ARESETN == 0 || init_txn_pulse == 1'b1)                                                                                 
	      burst_write_active <= 1'b0;                                                                                                                                                                           
	    //The burst_write_active is asserted when a write burst transaction is initiated                        
	    else if (start_single_burst_write)                                                                      
	      burst_write_active <= 1'b1;                                                                           
	    else if (M_AXI_BVALID && axi_bready)                                                                    
	      burst_write_active <= 0;                                                                              
	  end
	  
      always @(posedge M_AXI_ACLK)                                                                              
	  begin                                                                                                     
	    if (M_AXI_ARESETN == 0 || init_txn_pulse == 1'b1)                                                                                 
	      burst_read_active <= 1'b0;                                                                                                                                                                               
	    //The burst_write_active is asserted when a write burst transaction is initiated                        
	    else if (start_single_burst_read)                                                                       
	      burst_read_active <= 1'b1;                                                                            
	    else if (M_AXI_RVALID && axi_rready && M_AXI_RLAST)                                                     
	      burst_read_active <= 0;                                                                               
	    end                                                                                                         
	                                                                                                            
	 // read 1k image data     
      //burst  5RGB888
      always @(posedge M_AXI_ACLK)                                       
	  begin                                                              
	    if (M_AXI_ARESETN == 0  || init_txn_pulse == 1'b1|| start_single_burst_read)                                          
	      begin                                                          
	        read_data <= 'd0;                                           
	      end                                                            
	    else if (rnext)                           
	      begin                                                          
	        case(read_index)
	           'd0:read_data[8*32-1-:32] <= M_AXI_RDATA;
	           'd1:read_data[7*32-1-:32] <= M_AXI_RDATA;
	           'd2:read_data[6*32-1-:32] <= M_AXI_RDATA;
	           'd3:read_data[5*32-1-:32] <= M_AXI_RDATA;
	           'd4:read_data[4*32-1-:32] <= M_AXI_RDATA;
               'd5:read_data[3*32-1-:32] <= M_AXI_RDATA;
	           'd6:read_data[2*32-1-:32] <= M_AXI_RDATA;
	           'd7:read_data[1*32-1-:32] <= M_AXI_RDATA;
                default:read_data <= read_data;
	        endcase 
	      end                                                            
	    else                                                             
	      read_data <= read_data;                                      
	  end
	  
      always @(posedge M_AXI_ACLK)                                          
	  begin                                                                 
	    if (M_AXI_ARESETN == 0  || init_txn_pulse == 1'b1|| start_single_burst_read)                  
	      begin                                                             
	        five_flag <= 1'b0;                                                
	      end                                                               
	    //else if (rnext && (read_detection_flag == 1'b0) && (read_index == 4))
	    else if (rnext && (read_index == 4)&&(read_detection_flag == 1'b1))               
	      begin                                                             
	        five_flag <= 1'b1;                                   
	      end                                                               
	    else                                                                
	      five_flag <= 1'b0;                                         
	  end  
	
	//read finish flag  
    always @(posedge M_AXI_ACLK)                                          
	  begin                                                                 
	    if (M_AXI_ARESETN == 0  || init_txn_pulse == 1'b1|| start_single_burst_read)                  
	      begin                                                             
	        read_finish_flag <= 1'b0;                                                
	      end                                                               
	    else if (rnext && (read_index == 7))              
	      begin                                                             
	        read_finish_flag <= 1'b1;                                   
	      end                                                               
	    else                                                                
	      read_finish_flag <= 1'b0;                                         
	  end 
	
	//write finish flag  
    always @(posedge M_AXI_ACLK)                                          
	  begin                                                                 
	    if (M_AXI_ARESETN == 0  || init_txn_pulse == 1'b1|| start_single_burst_write)                  
	      begin                                                             
	        write_finish_flag <= 1'b0;                                                
	      end                                                               
	    //else if (wnext && (write_detection_flag == 1'b1)  && (write_index == 15))
	    else if (wnext && (write_index == 15))               
	      begin                                                             
	        write_finish_flag <= 1'b1;                                   
	      end                                                               
	    else                                                                
	      write_finish_flag <= 1'b0;                                         
	  end 
	  
    //read detection flag  
    always @(posedge M_AXI_ACLK)                                          
	  begin                                                                 
	    if (M_AXI_ARESETN == 0  || init_txn_pulse == 1'b1 || interpolation_done)                  
	      begin                                                             
	        read_detection_flag <= 1'b0;                                                
	      end                                                               
	    else if (read_finish_flag && (read_data == expected_read_data))              
	      begin                                                             
	        read_detection_flag <= 1'b1;                                   
	      end                                                               
	    else                                                                
	      read_detection_flag <= read_detection_flag;                                         
	  end 
	  
    //write detection flag 
    always @(posedge M_AXI_ACLK)                                          
	  begin                                                                 
	    if (M_AXI_ARESETN == 0  || init_txn_pulse == 1'b1)                  
	      begin                                                             
	        write_detection_flag <= 1'b0;                                                
	      end
        else if (write_detection_flag == 1'b1 && write_finish_flag == 1'b1)              
	      begin                                                             
	        write_detection_flag <= 1'b0;                               
	      end                                                                
	    else if (interpolation_done)              
	      begin                                                             
	        write_detection_flag <= 1'b1;                                   
	      end                                                               
	    else                                                                
	      write_detection_flag <= write_detection_flag;                                         
	  end
	  
	  //the index of the image being processing
      always @(posedge M_AXI_ACLK)                                          
	  begin                                                                 
	    if (M_AXI_ARESETN == 0  || init_txn_pulse == 1'b1)                  
	      begin                                                             
	        image_num <= 'd0;                                                
	      end
        else if (write_detection_flag == 1'b1 && write_finish_flag == 1'b1)              
	      begin                                                             
	        image_num <= image_num + 1;                                
	      end                                                                                                                              
	    else                                                                
            image_num <= image_num;                                          
	  end
	 
	                                                                    
	 // write 4k image data                                                                                                           
	 // This logic is to qualify the last write count with the final write                                      
	 // response. This demonstrates how to confirm that a write has been                                        
	 // committed. 

	  always @(posedge M_AXI_ACLK)                                                                              
	  begin                                                                                                     
	    if (M_AXI_ARESETN == 0 || init_txn_pulse == 1'b1)  
            img_4k_data<='d0;
        else if (write_detection_flag == 1'b1)
            img_4k_data <= expected_write_data;
        else if(send_flag==1'b1)
            img_4k_data<=IMG_4K_DATA;
        else
            img_4k_data<=img_4k_data;
      end
    
    reg send_flag_d;
      always @(posedge M_AXI_ACLK)                                                                              
	  begin                                                                                                     
	    if (M_AXI_ARESETN == 0 || init_txn_pulse == 1'b1)
	        begin  
	            send_flag_d <= 'd0;
                send_start_flag <= 'd0;
            end
        else
            begin
                send_flag_d <= send_flag;
                send_start_flag<=send_flag_d;
            end
      end
      
//
    wire    [23:0]   img_4k_data_array[15:0];
    assign  img_4k_data_array[15]=img_4k_data[16*24-1:15*24];
    assign  img_4k_data_array[14]=img_4k_data[15*24-1:14*24];
    assign  img_4k_data_array[13]=img_4k_data[14*24-1:13*24];
    assign  img_4k_data_array[12]=img_4k_data[13*24-1:12*24];
    assign  img_4k_data_array[11]=img_4k_data[12*24-1:11*24];
    assign  img_4k_data_array[10]=img_4k_data[11*24-1:10*24];
    assign  img_4k_data_array[ 9]=img_4k_data[10*24-1: 9*24];
    assign  img_4k_data_array[ 8]=img_4k_data[ 9*24-1: 8*24];
    assign  img_4k_data_array[ 7]=img_4k_data[ 8*24-1: 7*24];
    assign  img_4k_data_array[ 6]=img_4k_data[ 7*24-1: 6*24];
    assign  img_4k_data_array[ 5]=img_4k_data[ 6*24-1: 5*24];
    assign  img_4k_data_array[ 4]=img_4k_data[ 5*24-1: 4*24];
    assign  img_4k_data_array[ 3]=img_4k_data[ 4*24-1: 3*24];
    assign  img_4k_data_array[ 2]=img_4k_data[ 3*24-1: 2*24];
    assign  img_4k_data_array[ 1]=img_4k_data[ 2*24-1: 1*24];
    assign  img_4k_data_array[ 0]=img_4k_data[ 1*24-1: 0*24];
//
      //reg [7:0]   axi_wdata;
	  always @(posedge M_AXI_ACLK)                                                                              
	  begin                                                                                                     
	    if (M_AXI_ARESETN == 0 || init_txn_pulse == 1'b1)  
            axi_wdata<='b0;
        else if (start_single_burst_write)
            axi_wdata <= img_4k_data_array[15];
        else if(M_AXI_WREADY && axi_wvalid)
            begin
                axi_wdata <= img_4k_data_array[14 - write_index];
            end
        else
            axi_wdata <= axi_wdata;
      end
	 
	 
	 
	 
	 //column counter
      always @(posedge M_AXI_ACLK)                                                                              
	  begin                                                                                                     
	    //if (M_AXI_ARESETN == 0 || init_txn_pulse == 1'b1|| read_detection_flag == 1'b1 || write_detection_flag == 1'b1) 
	    if (M_AXI_ARESETN == 0 || init_txn_pulse == 1'b1 || write_detection_flag == 1'b1)                                                                                
	      col_num <= 10'd0;                                                                                  
	    else if (col_num == (BMP_WIDTH+4-1) && M_AXI_WREADY && axi_wvalid && axi_wlast)                          
	      col_num <= 10'd0; 
        else if (M_AXI_WREADY && axi_wvalid && axi_wlast)                          
	      col_num <= col_num + 1;                                                                                   
	    else                                                                                                    
	      col_num <= col_num;                                                                           
	    end  
	    
      always @(posedge M_AXI_ACLK)                                                                              
	  begin                                                                                                     
	    //if (M_AXI_ARESETN == 0 || init_txn_pulse == 1'b1|| read_detection_flag == 1'b1 || write_detection_flag == 1'b1)
	    if (M_AXI_ARESETN == 0 || init_txn_pulse == 1'b1 || write_detection_flag == 1'b1)                                                                                 
	      row_num <= 10'd0;                                                                                  
        else if(row_num == (BMP_HEIGHT-1) && col_num == (BMP_WIDTH+4-1) && M_AXI_WREADY && axi_wvalid && axi_wlast)
          row_num <= 10'd0;
        else if(col_num == (BMP_WIDTH+4-1) && M_AXI_WREADY && axi_wvalid && axi_wlast)
          row_num <= row_num + 1;
        else
          row_num <= row_num;                                                                          
	    end
	    
      always @(posedge M_AXI_ACLK)                                                                              
	  begin                                                                                                     
	    if (M_AXI_ARESETN == 0 || init_txn_pulse == 1'b1 )                                                                                 
	      interpolation_done <= 1'b0;                                                                                  
        else if(row_num == (BMP_HEIGHT-1) && col_num == (BMP_WIDTH+4-1) && M_AXI_WREADY && axi_wvalid && axi_wlast)
          interpolation_done <= 1'b1;
        else
          interpolation_done <= 1'b0;                                                                         
	    end
                                                                                    
	                                                                                                            
	  // burst_read_active signal is asserted when there is a burst write transaction                           
	  // is initiated by the assertion of start_single_burst_write. start_single_burst_read                     
	  // signal remains asserted until the burst read is accepted by the master                                 
                                                                                                   
                                                                                              

	// Add user logic here

	// User logic ends

	endmodule